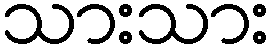
သားသား